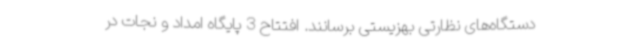
دستگاه‌های نظارتی بهزیستی برسانند. افتتاح 3 پایگاه امداد و نجات در